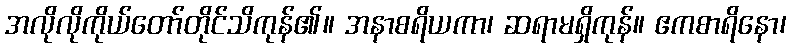
အလိုလိုကိုယ်တော်တိုင်သိကုန်၏။ အနာစရိယကာ၊ ဆရာမရှိကုန်။ ဧကစာရိနော၊